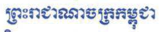
ព្រះរាជាណាចក្រកម្ពុជា